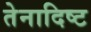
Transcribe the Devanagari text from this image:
तेनादिष्ट